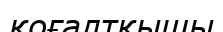
қоғалтқышы